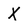
Character: X